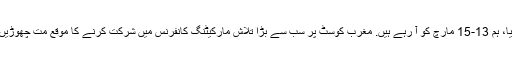
ہم سلیپ سان جوس، کیلیفورنیا، ہم 13-15 مارچ کو آ رہے ہیں. مغرب کوسٹ پر سب سے بڑا تلاش مارکیٹنگ کانفرنس میں شرکت کرنے کا موقع مت چھوڑیں. تلاش کے ساتھ مشاہدہ کیا؟